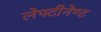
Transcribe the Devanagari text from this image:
लेफ्टीनेण्ट